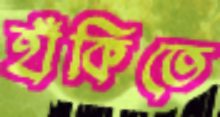
হাঁকিতে